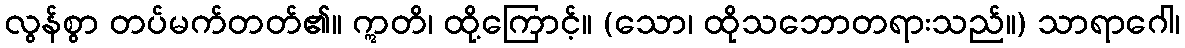
လွန်စွာ တပ်မက်တတ်၏။ ဣတိ၊ ထို့ကြောင့်။ (သော၊ ထိုသဘောတရားသည်။) သာရာဂေါ၊